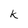
Character: k